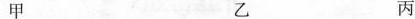
甲 乙 丙